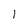
Character: l